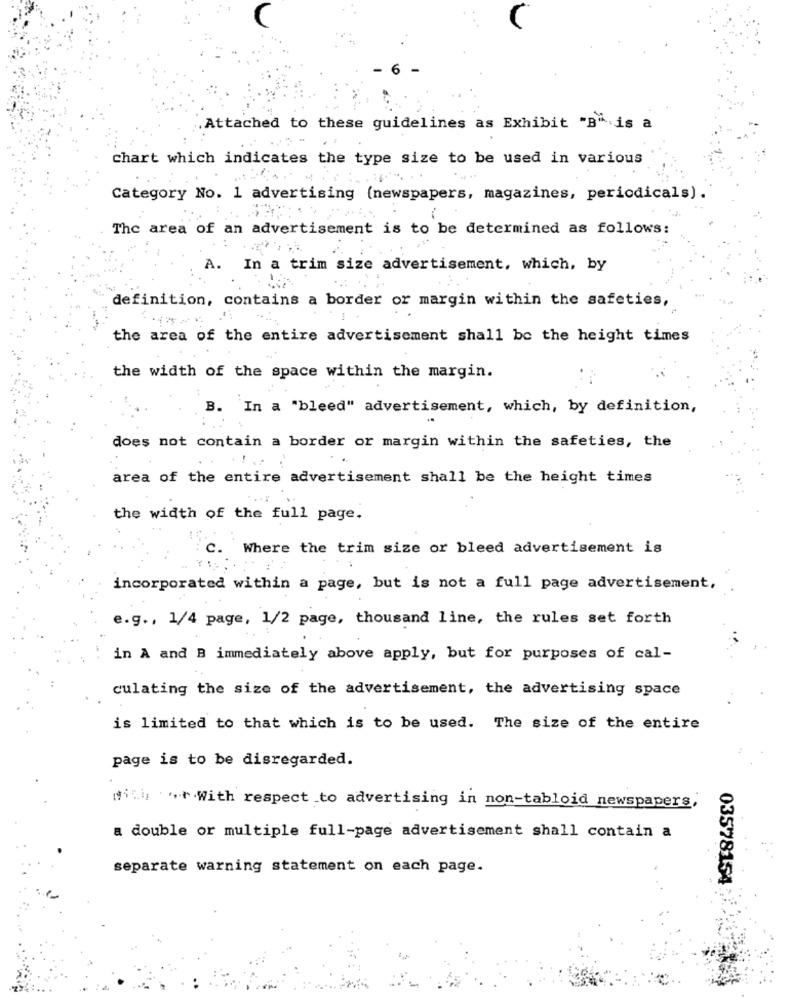
Attached to these guidelines as Exhibit "B" is a
chart which indicates the type size to be used in various
Category No. 1 advertising (newspapers, magazines, periodicals).
The area of an advertisement is to be determined as follows:
A. In a trim size advertisement, which, by
definition, contains a border or margin within the safeties,
the area of the entire advertisement shall be the height times
the width of the space within the margin.
B. In a "bleed" advertisement, which, by definition,
does not contain a border or margin within the safeties, the
area of the entire advertisement shall be the height times
the width of the full page.
c.
Where the trim size or bleed advertisement is
incorporated within a page, but is not a full page advertisement,
e.g ., 1/4 page, 1/2 page, thousand line, the rules set forth
in A and B immediately above apply, but for purposes of cal-
culating the size of the advertisement, the advertising space
is limited to that which is to be used. The size of the entire
page is to be disregarded.
gibi, . t.With respect to advertising in non-tabloid newspapers,
a double or multiple full-page advertisement shall contain a
separate warning statement on each page.
03578154